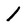
Character: 1